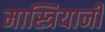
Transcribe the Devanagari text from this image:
मास्त्रियानी